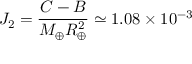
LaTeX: J _ { 2 } = { \frac { C - B } { M _ { \oplus } R _ { \oplus } ^ { 2 } } } \simeq 1 . 0 8 \times 1 0 ^ { - 3 }